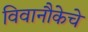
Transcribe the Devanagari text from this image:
विवानौकेचे